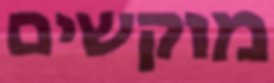
מוקשים